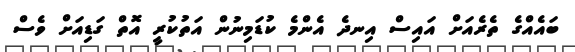
ބައެއްގެ ތެރެއަށް އައިސް އިނދެ އެންމެ ކުޑަމިނުން އަތުކުރީ އޮތް ގަޑިއަށް ވެސް